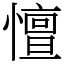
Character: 憻